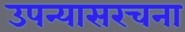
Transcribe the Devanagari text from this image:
उपन्यासरचना